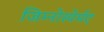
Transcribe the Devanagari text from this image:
जिम्नोस्पेर्मए